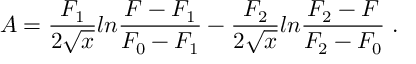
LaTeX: A = \frac { F _ { 1 } } { 2 \sqrt { x } } l n \frac { F - F _ { 1 } } { F _ { 0 } - F _ { 1 } } - \frac { F _ { 2 } } { 2 \sqrt { x } } l n \frac { F _ { 2 } - F } { F _ { 2 } - F _ { 0 } } \; .